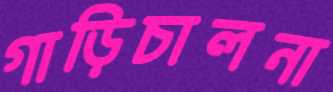
গাড়িচালনা